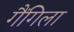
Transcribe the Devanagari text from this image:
गैंगिला